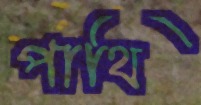
পাথি